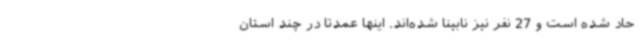
حاد شده است و 27 نفر نیز نابینا شده‌اند. اینها عمدتا در چند استان